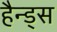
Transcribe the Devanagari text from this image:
हैन्ड्स